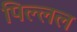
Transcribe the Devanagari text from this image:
पिल्लल